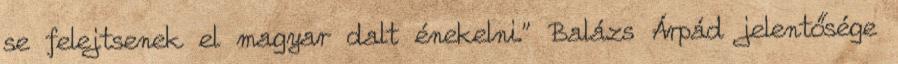
se felejtsenek el magyar dalt énekelni." Balázs Árpád jelentősége